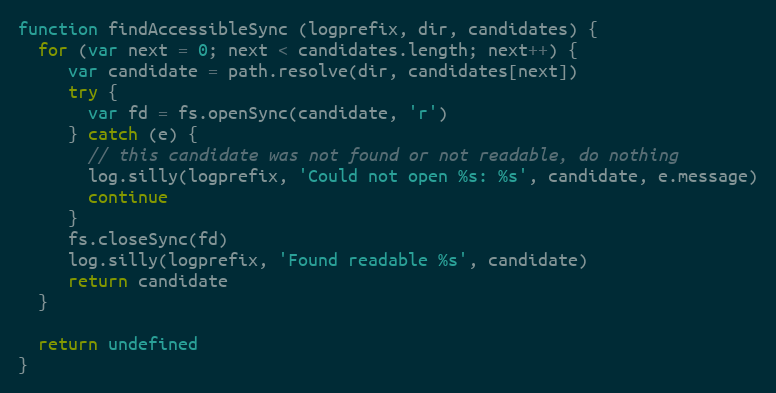
Language: JavaScript
function findAccessibleSync (logprefix, dir, candidates) {
  for (var next = 0; next < candidates.length; next++) {
     var candidate = path.resolve(dir, candidates[next])
     try {
       var fd = fs.openSync(candidate, 'r')
     } catch (e) {
       // this candidate was not found or not readable, do nothing
       log.silly(logprefix, 'Could not open %s: %s', candidate, e.message)
       continue
     }
     fs.closeSync(fd)
     log.silly(logprefix, 'Found readable %s', candidate)
     return candidate
  }

  return undefined
}